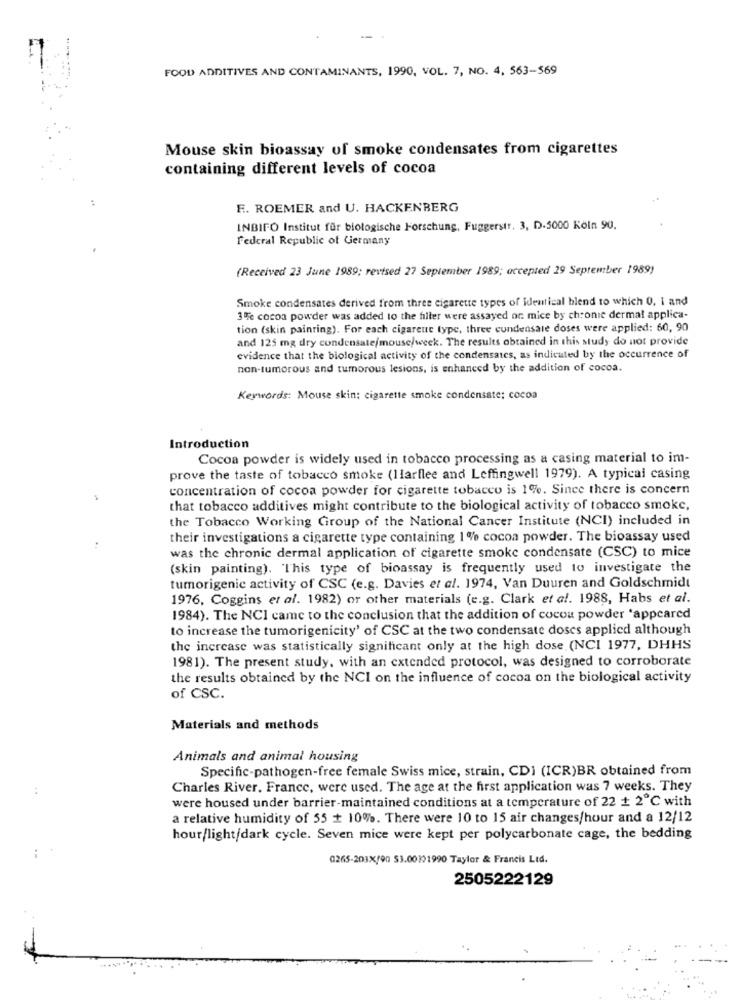
FOOD ADDITIVES AND CONTAMINANTS, 1990, VOL. 7, NO. 4, 563-569
Mouse skin bioassay of smoke condensates from cigarettes
containing different levels of cocoa
F. ROEMER and U. HACKENBERG
INBIFO Institut für biologische Forschung, Fuggerstr. 3, D.5000 Köln 90.
Federal Republic of Germany
(Received 23 June 1989; revised 27 September 1989; accepted 29 September 1989)
Smoke condensates derived from three cigarette types of identical blend to which 0, I and
3% cocoa powder was added to the filler were assayed or mice by chronie dermal applica-
tion (skin painring). For each cigareue type, three cundensale doses were applied: 60, 90
and 125 mg dry condensate/mouse/week. The results obtained in this study do not provide
evidence that the biological activity of the condensates, as indicated by the occurrence of
non-tumorous and tumorous lesions, is enhanced by the addition of cocoa.
Keywords: Mouse skin; cigarette smoke condensate; cocoa
Introduction
Cocoa powder is widely used in tobacco processing as a casing material to im-
prove the taste of tobacco smoke (llarflee and Leffingwell 1979). A typical casing
concentration of cocoa powder for cigarette tobacco is 1%. Since there is concern
that tobacco additives might contribute to the biological activity of tobacco smoke,
the Tobacco Working Group of the National Cancer Institute (NCI) included in
their investigations a cigarette type containing 1 % cocoa powder. The bioassay used
was the chronic dermal application of cigarette smoke condensate (CSC) to mice
(skin painting). This type of bioassay is frequently used to investigate the
tumorigenic activity of CSC (e.g. Davies et al. 1974, Van Duuren and Goldschmidt
1976, Coggins et al. 1982) or other materials (e.g. Clark et al. 1988, Habs et al.
1984). The NCI came to the conclusion that the addition of cocoa powder "appeared
to increase the tumorigenicity' of CSC at the two condensate doscs applied although
the increase was statistically significant only at the high dose (NCI 1977, DHHS
1981). The present study, with an extended protocol, was designed to corroborate
the results obtained by the NCI on the influence of cocoa on the biological activity
of CSC.
Materials and methods
Animals and animal housing
Specific-pathogen-free female Swiss mice, strain, CDI (ICR)BR obtained from
..
Charles River, France, were used. The age at the first application was 7 weeks. They
were housed under barrier-maintained conditions at a temperature of 22 + 2℃ with
a relative humidity of 55 + 10%. There were 10 to 15 air changes/hour and a 12/12
hour/light/dark cycle. Seven mice were kept per polycarbonate cage, the bedding
0265-203X/90 53.00191990 Taylor & Francis Ltd.
2505222129